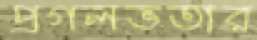
প্রগলভতার